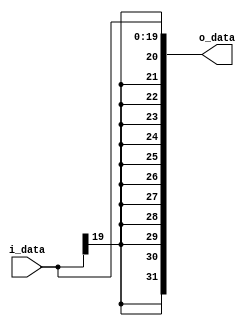
module sign_extend_20to32(o_data, i_data);

  input	 [19:0] i_data;
  
  output [31:0]o_data;
//  reg	   [31:0]o_data;
  
  assign o_data = {{(31-19){i_data[19]}}, i_data};
	
endmodule